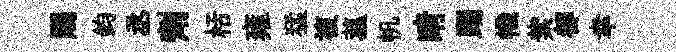
賜鈞丞劑栝雍猛複菰帆睛踊幟紫都幸